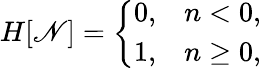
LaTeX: H[\mathscr{N}]={\left\{ \begin{array}{ll}{0,}&{n<0,}\\ {1,}&{n\geq 0,}\end{array}\right.}